Scientific memoirs by medical officers of the Army of India - Part II,
Year: 1886
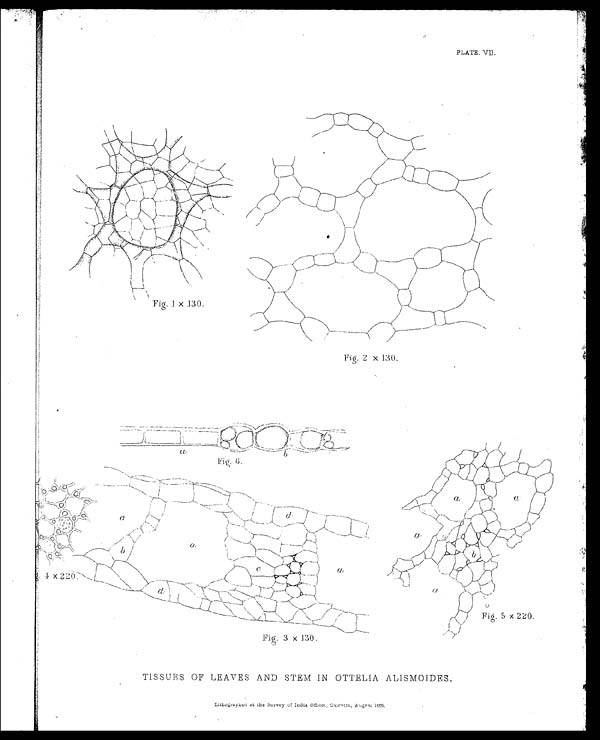
PLATE. VII.
TISSUES OF LEAVES AND STEM IN OTTELIA ALISMOIDES.
Lithographed at the Survey of India offices, Calcutta, August 1886.